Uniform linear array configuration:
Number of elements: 16
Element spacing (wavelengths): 0.5
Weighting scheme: kaiser
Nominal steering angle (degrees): -60
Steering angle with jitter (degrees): -58.875
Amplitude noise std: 0.05
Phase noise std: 0.05

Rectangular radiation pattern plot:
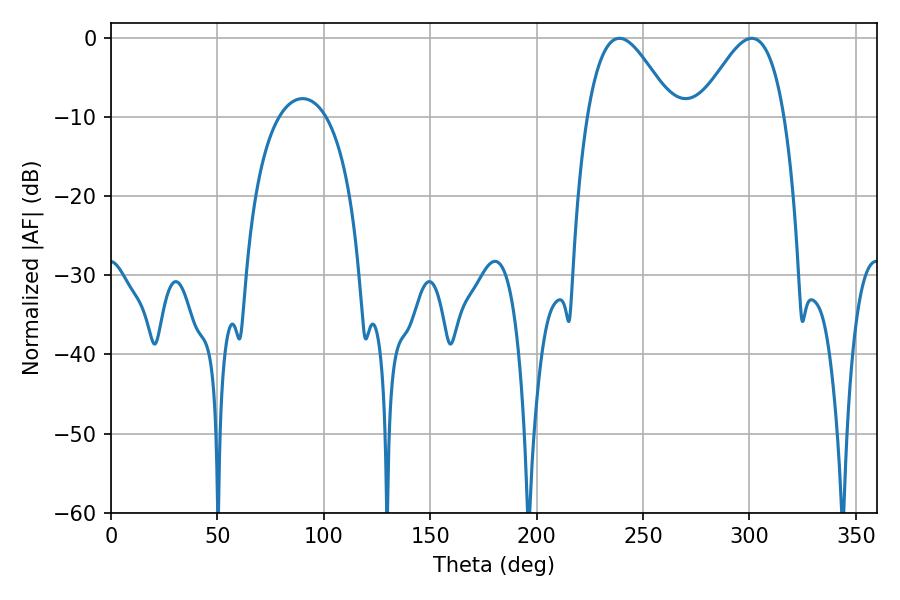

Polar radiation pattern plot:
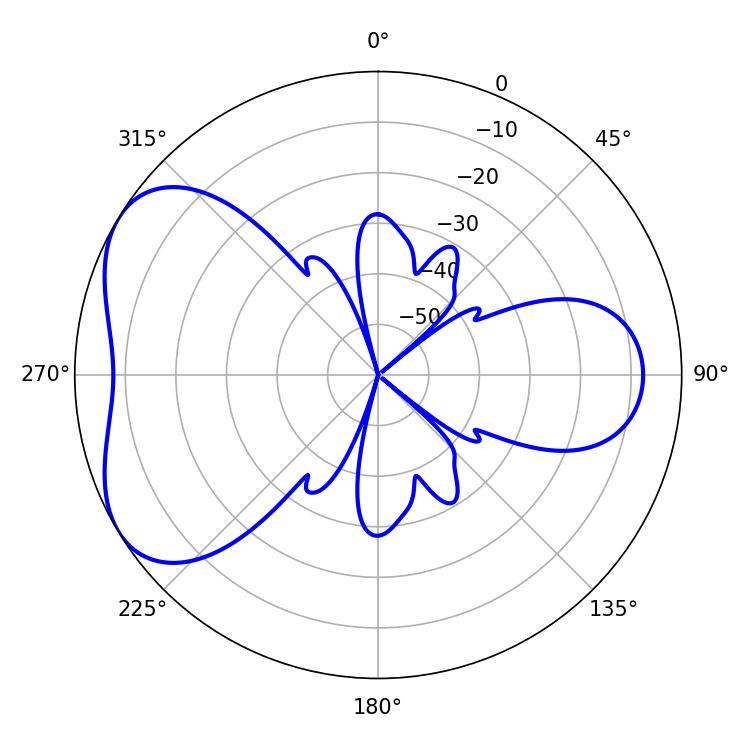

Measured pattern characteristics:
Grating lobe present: FALSE
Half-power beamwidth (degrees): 21.6
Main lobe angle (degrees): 238.86